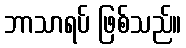
ဘာသာရပ် ဖြစ်သည်။